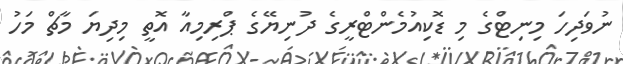
ނުވަދިހަ މިނިޓްގެ މި ޑޮކިއުމެންޓްރީގެ ދުނިޔޭގެ ޕްރިމިއާ އޮތީ މިދިޔަ މާޗް މަހު